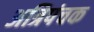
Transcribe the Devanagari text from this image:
अत्रिपंचक